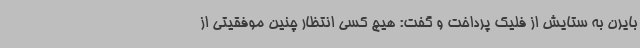
بایرن به ستایش از فلیک پرداخت و گفت: هیچ کسی انتظار چنین موفقیتی از